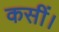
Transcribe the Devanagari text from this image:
कसीं।